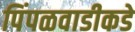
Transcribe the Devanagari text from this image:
पिंपळवाडीकडे